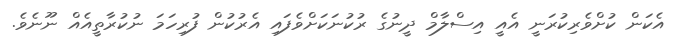
އެކަން ކުށްވެރިކުރަނީ އެއީ އިސްލާމް ދީނުގެ ރުކުނަކަށްވެފައި އެރުކުން ފުރިހަމަ ނުކުރާތީއެއް ނޫނެވެ.